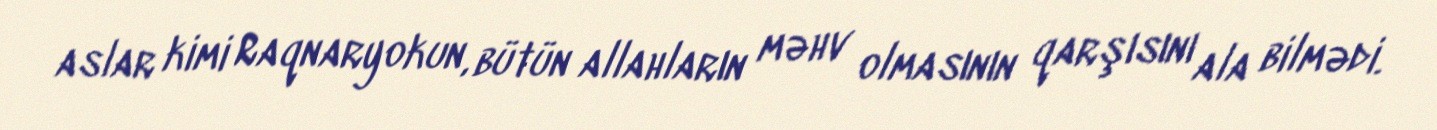
aslar kimi Raqnaryokun, bütün allahların məhv olmasının qarşısını ala bilmədi.